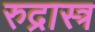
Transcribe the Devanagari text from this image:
रुद्रास्त्र